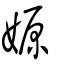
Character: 嫄